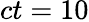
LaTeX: ct=10